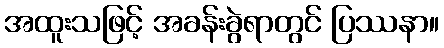
အထူးသဖြင့် အခန်းခွဲရာတွင် ပြဿနာ။